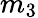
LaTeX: m_{3}